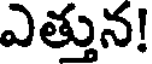
ఎత్తున!